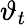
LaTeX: \vartheta_{t}